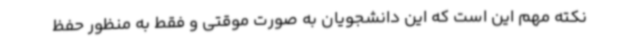
نکته مهم این است که این دانشجویان به صورت موقتی و فقط به منظور حفظ